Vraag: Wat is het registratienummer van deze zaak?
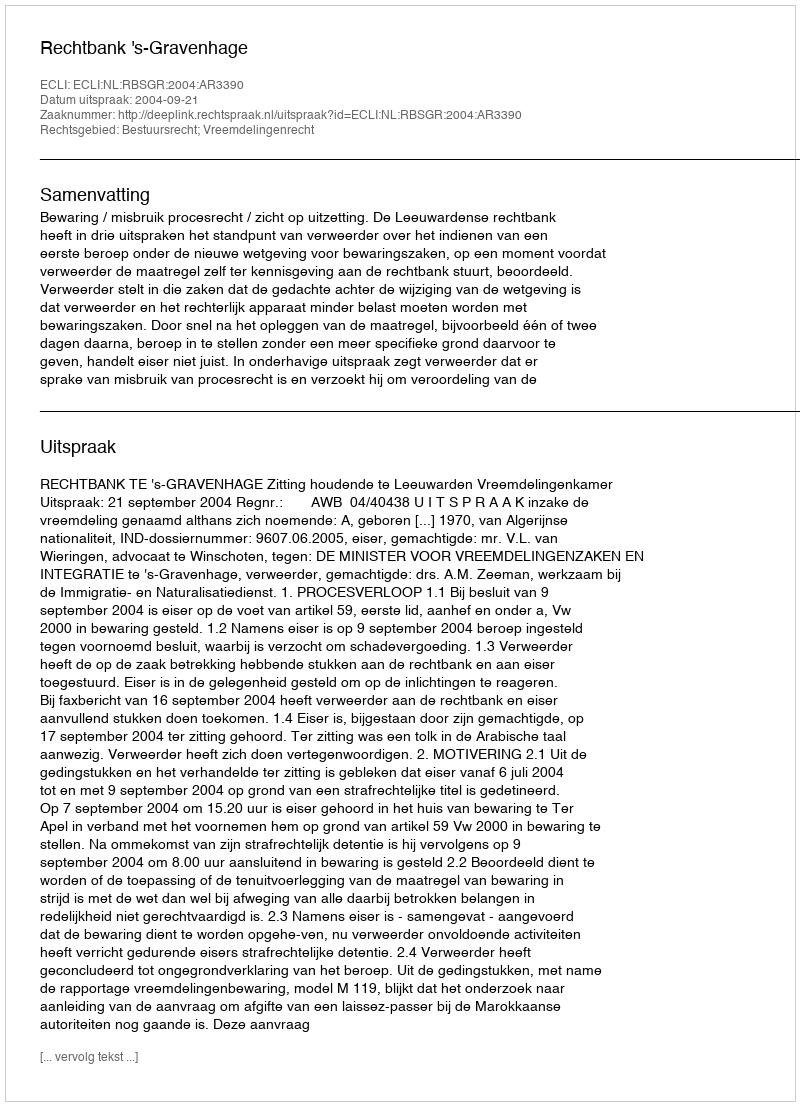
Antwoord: http://deeplink.rechtspraak.nl/uitspraak?id=ECLI:NL:RBSGR:2004:AR3390